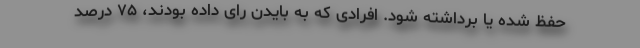
حفظ شده یا برداشته شود. افرادی که به بایدن رای داده بودند، ۷۵ درصد